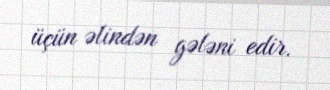
üçün əlindən gələni edir.